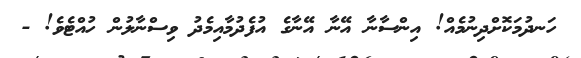
ހަނދުމަކޮށްދިނުމެއް! އިންސާނާ އޭނާ އޭނާގެ އުފެދުމާއިމެދު ވިސްނާލުން ހުއްޓެވެ! -